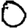
Digit: 0